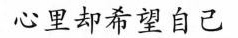
心里却希望自己